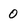
Character: 0